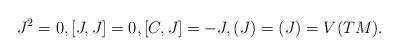
LaTeX: \begin{align*}J^2=0,[J,J]=0,[C,J]=-J,(J)=(J)=V(TM).\end{align*}